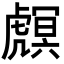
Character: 𧇻